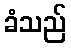
ခံသည်